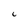
Character: C